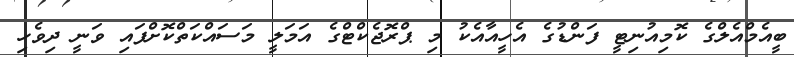
ބީއެމްއެލްގެ ކޮމިއުނިޓީ ފަންޑުގެ އެހީއާއެކު މި ޕްރޮޖެކްޓްގެ އަމަލީ މަސައްކަތްކޮށްފައި ވަނީ ދިވެހި